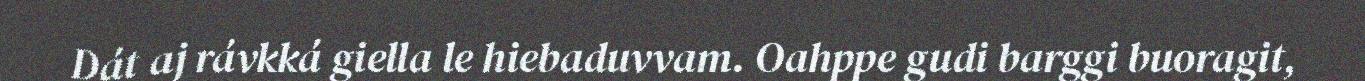
Dát aj rávkká giella le hiebaduvvam. Oahppe gudi barggi buoragit,